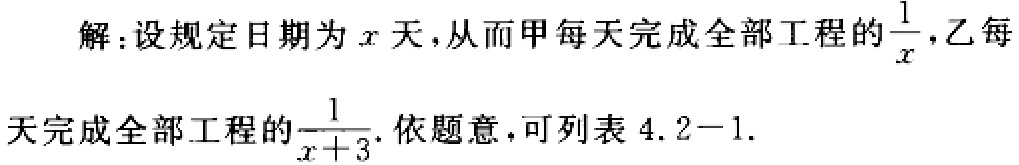
解：设规定日期为\(x\)天，从而甲每天完成全部工程的\(\frac{1}{x}\)，乙每天完成全部工程的\(\frac{1}{x + 3}\). 依题意，可列表 \(4.2 - 1\).